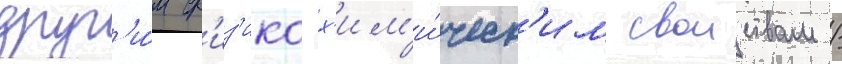
друг'и́м ф'из'ико-х'им'и́ческ'им своиствам /